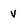
Character: v